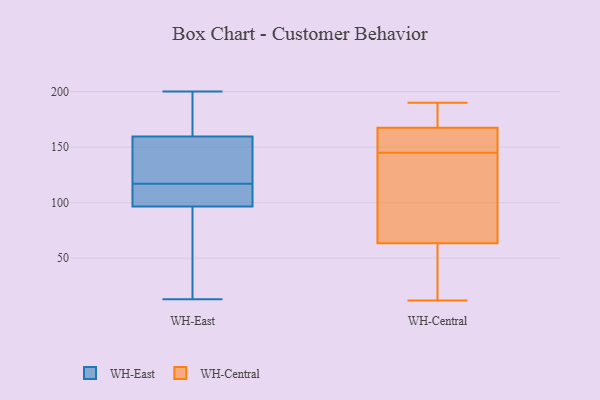
{"axis": {"x": "Energy Usage (MWh)", "y": "Value"}, "legend": ["WH-Central", "WH-East"], "data": [{"x": "", "y": 185, "type": "WH-East"}, {"x": "", "y": 117, "type": "WH-East"}, {"x": "", "y": 172, "type": "WH-East"}, {"x": "", "y": 162, "type": "WH-East"}, {"x": "", "y": 107, "type": "WH-East"}, {"x": "", "y": 200, "type": "WH-East"}, {"x": "", "y": 118, "type": "WH-East"}, {"x": "", "y": 113, "type": "WH-East"}, {"x": "", "y": 73, "type": "WH-East"}, {"x": "", "y": 152, "type": "WH-East"}, {"x": "", "y": 166, "type": "WH-East"}, {"x": "", "y": 141, "type": "WH-East"}, {"x": "", "y": 117, "type": "WH-East"}, {"x": "", "y": 34, "type": "WH-East"}, {"x": "", "y": 52, "type": "WH-East"}, {"x": "", "y": 109, "type": "WH-East"}, {"x": "", "y": 111, "type": "WH-East"}, {"x": "", "y": 13, "type": "WH-East"}, {"x": "", "y": 93, "type": "WH-East"}, {"x": "", "y": 173, "type": "WH-Central"}, {"x": "", "y": 28, "type": "WH-Central"}, {"x": "", "y": 12, "type": "WH-Central"}, {"x": "", "y": 155, "type": "WH-Central"}, {"x": "", "y": 162, "type": "WH-Central"}, {"x": "", "y": 16, "type": "WH-Central"}, {"x": "", "y": 190, "type": "WH-Central"}, {"x": "", "y": 142, "type": "WH-Central"}, {"x": "", "y": 110, "type": "WH-Central"}, {"x": "", "y": 173, "type": "WH-Central"}, {"x": "", "y": 34, "type": "WH-Central"}, {"x": "", "y": 93, "type": "WH-Central"}, {"x": "", "y": 160, "type": "WH-Central"}, {"x": "", "y": 148, "type": "WH-Central"}, {"x": "", "y": 184, "type": "WH-Central"}, {"x": "", "y": 103, "type": "WH-Central"}]}